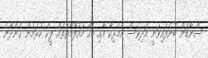
ސްނޯޑަން ބުނެފައިވަނީ އަދިވެސް އެމެރިކާ އާއި ބެހޭ މައުލޫމާތުތައް ލީކް ކުރަމުން ގެންދާނެ